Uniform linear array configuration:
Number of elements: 8
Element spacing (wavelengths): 0.25
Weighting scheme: binomial
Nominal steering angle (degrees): -60
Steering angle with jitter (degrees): -59.531
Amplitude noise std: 0.05
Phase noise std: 0.05

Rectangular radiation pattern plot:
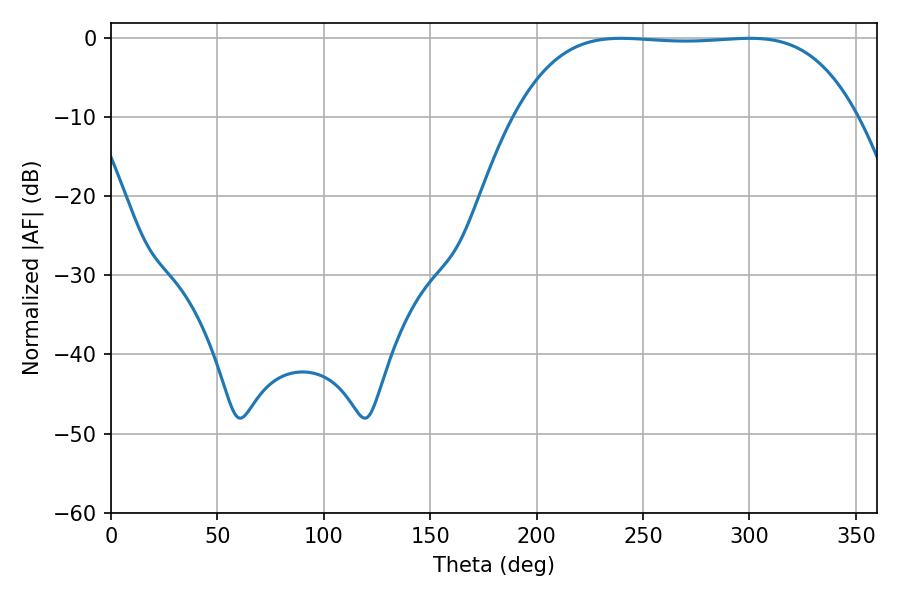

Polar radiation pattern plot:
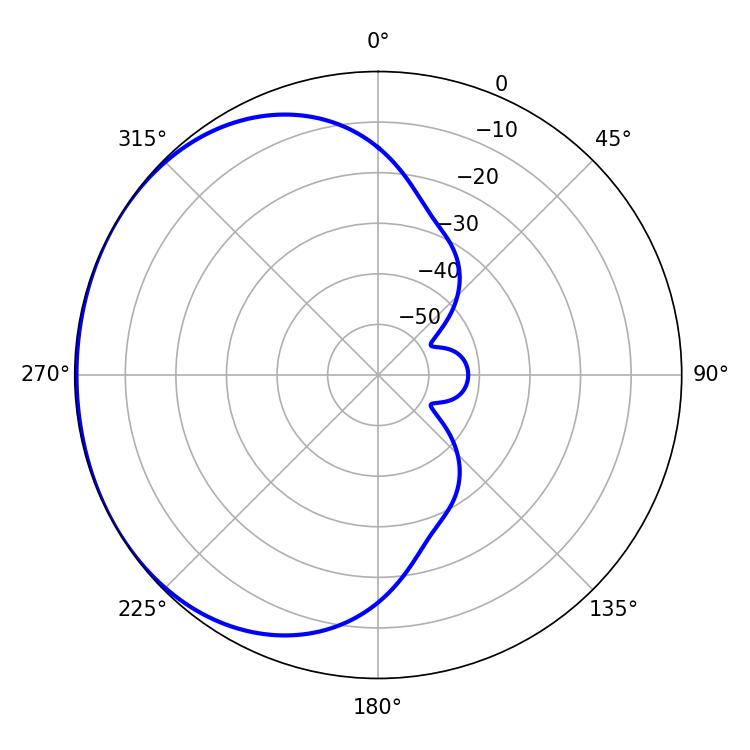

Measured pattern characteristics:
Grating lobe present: FALSE
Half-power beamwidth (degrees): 124.56
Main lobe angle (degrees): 239.76